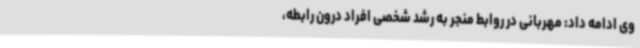
وی ادامه داد: مهربانی در روابط منجر به رشد شخصی افراد درون رابطه،